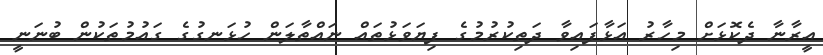
އީރާނާ ދެކޮޅަށް މިހާރު އަޅާފައިވާ ދަތިކުރުމުގެ ފިޔަވަޅުތައް ނައްތާލަން ހުޅަނގުގެ ގައުމުތަކުން ބުނަނީ